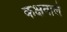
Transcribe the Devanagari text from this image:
कक्षवाले